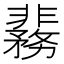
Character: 𬰞